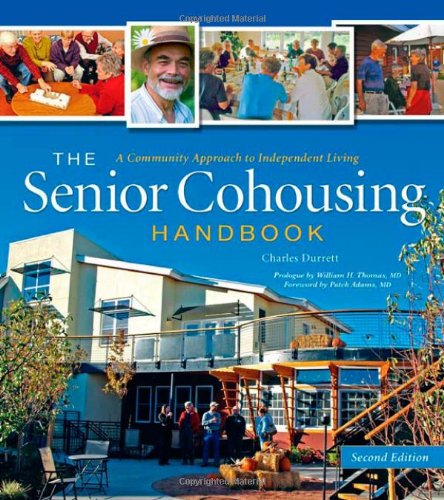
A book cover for The Senior Cohousing Handbook: A Community Approach to Independent Living, 2nd Edition; Charles Durrett; Arts & Photography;